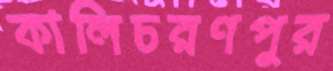
কালিচরণপুর